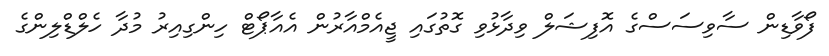
ފޯވާޑިން ސާވިސަސްގެ އޮފިޝަލް ވިދާޅުވި ގޮތުގައި ޖީއެމްއާރުން އެއާޕޯޓް ހިންގިއިރު މުދާ ހެލްޑްލިންގެ